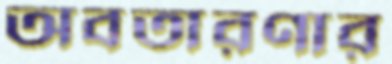
অবতারণার